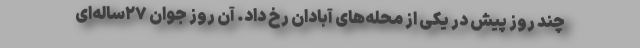
چند روز پیش در یکی از محله‌های آبادان رخ داد. آن روز جوان ۲۷ساله‌ای